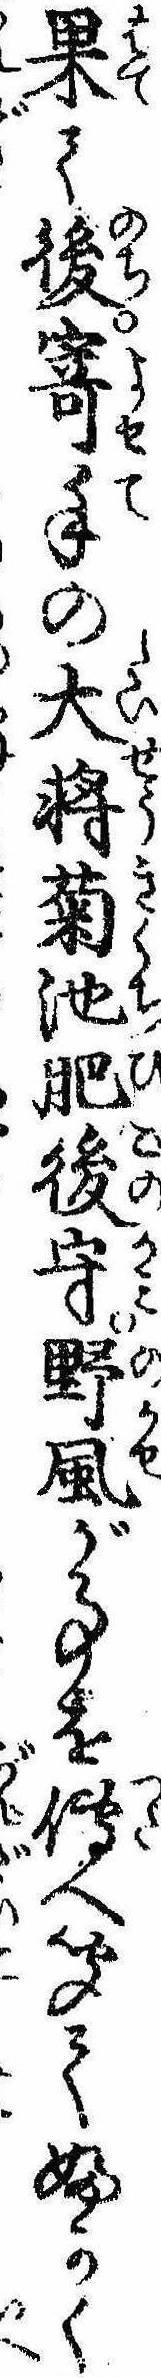
果て後寄手の大将菊池肥後守野風が事を伝へ聞てふかく